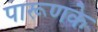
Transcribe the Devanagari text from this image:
पारूणके